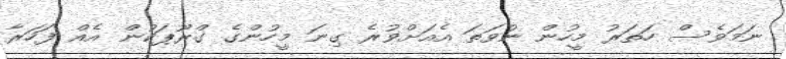
ނަމަވެސް ހަތަރު މީހުން ނުވަތަ އެއަށްވުރެ ގިނަ މީހުންގެ ގްރޫޕަކުން އެއް ފަހަރާ